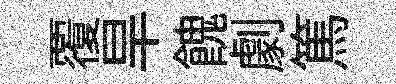
覆旱餽劇篤